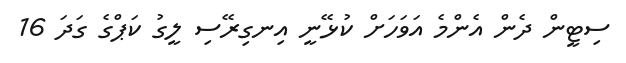
ސިޓީން ދެން އެންމެ އަވަހަށް ކުޅޭނީ އިނގިރޭސި ލީގު ކަޕްގެ ގަދަ 16